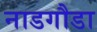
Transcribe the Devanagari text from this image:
नाडगौडा